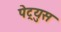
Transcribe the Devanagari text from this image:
पेट्र्युस